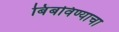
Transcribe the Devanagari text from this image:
बिंबविण्याचा